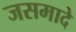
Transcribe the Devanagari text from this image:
जसमादे